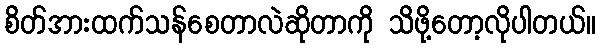
စိတ်အားထက်သန်စေတာလဲဆိုတာကို သိဖို့တော့လိုပါတယ်။